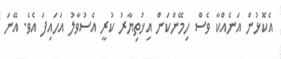
އެކޮޅުން އަނެއްކާ ވެސް ހިމޭންކަން އިޚުތިޔާރު ކުރީ އެސުވާލު އަހައިފަ އެވެ. އޭނަ